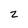
Character: 2